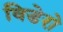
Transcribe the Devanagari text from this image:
विडेरो